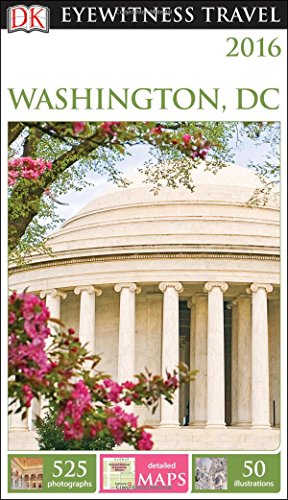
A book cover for DK Eyewitness Travel Guide: Washington, D.C.; DK Publishing; Travel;